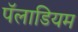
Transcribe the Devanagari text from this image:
पॅलाडियम